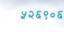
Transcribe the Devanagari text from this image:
५२६९०६